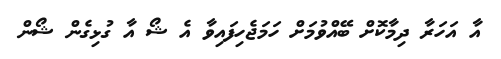
އާ އަހަރާ ދިމާކޮށް ބޭއްވުމަށް ހަމަޖެހިފައިވާ އެ ޝޯ އާ ގުޅިގެން ޝޯން